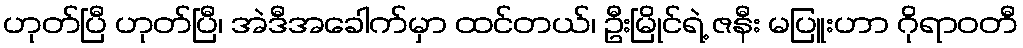
ဟုတ်ပြီ ဟုတ်ပြီ၊ အဲဒီအခေါက်မှာ ထင်တယ်၊ ဦးမြိုင်ရဲ့ ဇနီး မပြူးဟာ ဂိုရာဝတီ